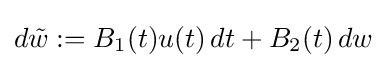
d{\tilde {w}}:=B_{1}(t)u(t)\,dt+B_{2}(t)\,dw